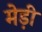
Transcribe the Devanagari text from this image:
मेड़ी